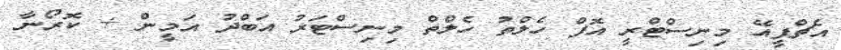
އެޗްޕީއޭ މިނިސްޓްރީ އޮފް ހެލްތު ހެލްތް މިނިސްޓަރު އަބްދު އަމީން + ކޮރޯނާ